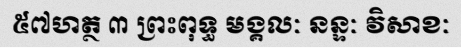
៥៧ហត្ថ ៣ ព្រះពុទ្ធ មង្គលៈ នន្ទៈ វិសាខៈ